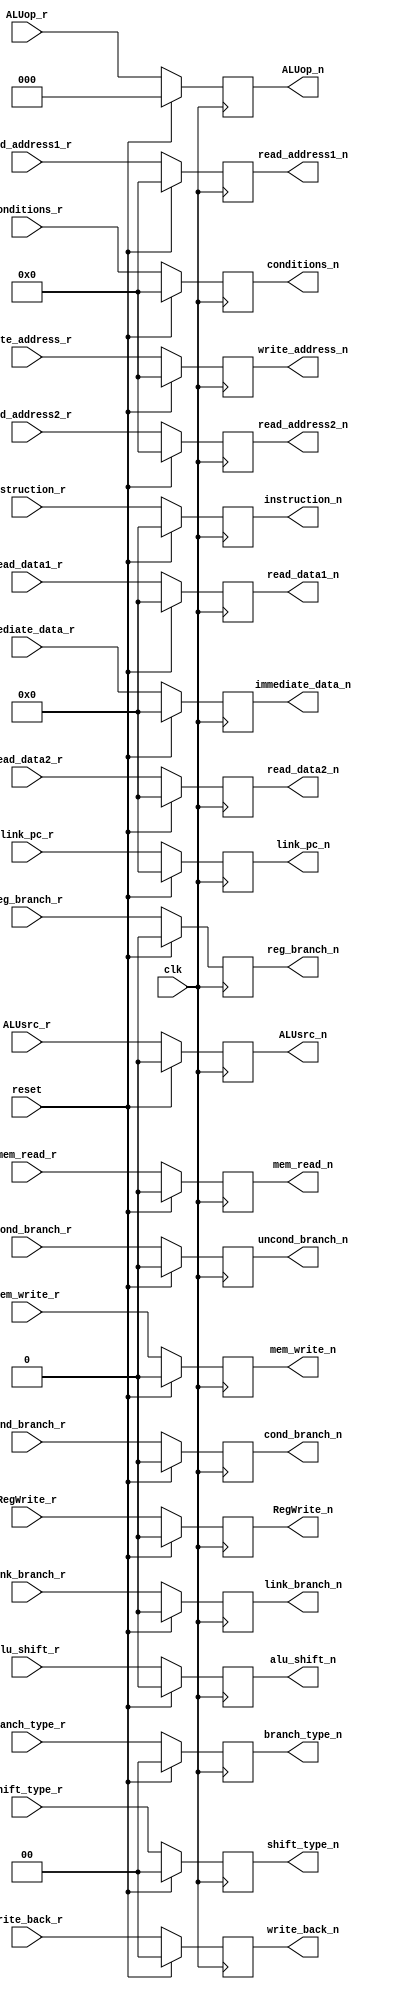
//`timescale 1ns / 1ps
//////////////////////////////////////////////////////////////////////////////////
// Company: 
// Engineer: 
// 
// Design Name: 
// Module Name: d_flip_flop_id_ex
// Project Name: 
// Target Devices: 
// Tool Versions: 
// Description: 
// 
// Dependencies: 
// 
// Revision:
// Revision 0.01 - File Created
// Additional Comments:
// 
//////////////////////////////////////////////////////////////////////////////////


module d_flip_flop_id_ex(
                         input clk,
                         input reset,
                         input RegWrite_r,
                         input ALUsrc_r,
                         input [1:0] shift_type_r,
                         input [2:0] ALUop_r,
                         input [3:0] conditions_r,
                         input mem_read_r,
                         input mem_write_r,
                         input [1:0] write_back_r,
                         input cond_branch_r,
                         input uncond_branch_r,
                         input link_branch_r,
                         input reg_branch_r,
                         input [1:0] branch_type_r,
                         
                         input [15:0] instruction_r,
                         input [3:0] read_address1_r,
                         input [3:0] read_address2_r,
                         input [3:0] write_address_r,
                         input [15:0] read_data1_r,
                         input [15:0] read_data2_r,
                         input [15:0] immediate_data_r,
                         input [15:0] link_pc_r,
                         input alu_shift_r,
                         
                         output reg RegWrite_n,
                         output reg ALUsrc_n,
                         output reg [1:0] shift_type_n,
                         output reg [2:0] ALUop_n,
                         output reg [3:0] conditions_n,
                         output reg mem_read_n,
                         output reg mem_write_n,
                         output reg [1:0] write_back_n,
                         output reg cond_branch_n,
                         output reg uncond_branch_n,
                         output reg link_branch_n,
                         output reg reg_branch_n,
                         output reg [1:0] branch_type_n,
                         
                         output reg [15:0] instruction_n,
                         output reg [3:0] read_address1_n,
                         output reg [3:0] read_address2_n,
                         output reg [3:0] write_address_n,
                         output reg [15:0] read_data1_n,
                         output reg [15:0] read_data2_n,
                         output reg [15:0] immediate_data_n,
                         output reg [15:0] link_pc_n,
                         output reg alu_shift_n
                         );
                         
 always @(posedge clk)
  begin
   if(reset == 1'b1)
    begin
     RegWrite_n <= 1'b0;
     ALUsrc_n <= 1'b0;
     shift_type_n <= 2'b00;
     ALUop_n <= 3'b000;
     conditions_n <= 4'b0000;
     mem_read_n <= 1'b0;
     mem_write_n <= 1'b0;
     write_back_n <= 2'b00;
     cond_branch_n <= 1'b0;
     uncond_branch_n <= 1'b0;
     link_branch_n <= 1'b0;
     reg_branch_n <= 1'b0;
     branch_type_n <= 2'b00;
    
     instruction_n <= 16'h0000;
     read_address1_n <= 4'b0000;
     read_address2_n <= 4'b0000;
     write_address_n <= 4'b0000;
     read_data1_n <= 16'h0000;
     read_data2_n <= 16'h0000;
     immediate_data_n <= 16'h0000;
     link_pc_n <= 16'h0000; 
     alu_shift_n <= 1'b0;
    end
   else
    begin
     RegWrite_n <= RegWrite_r;
     ALUsrc_n <= ALUsrc_r;
     shift_type_n <= shift_type_r;
     ALUop_n <= ALUop_r;
     conditions_n <= conditions_r;
     mem_read_n <= mem_read_r;
     mem_write_n <= mem_write_r;
     write_back_n <= write_back_r;
     cond_branch_n <= cond_branch_r;
     uncond_branch_n <= uncond_branch_r;
     link_branch_n <= link_branch_r;
     reg_branch_n <= reg_branch_r;
     branch_type_n <= branch_type_r;
   
     instruction_n <= instruction_r;
     read_address1_n <= read_address1_r;
     read_address2_n <= read_address2_r;
     write_address_n <= write_address_r;
     read_data1_n <= read_data1_r;
     read_data2_n <= read_data2_r;
     immediate_data_n <= immediate_data_r;
     link_pc_n <= link_pc_r;
     alu_shift_n <= alu_shift_r;
    end
  end                        
                         
                         
                         
endmodule